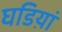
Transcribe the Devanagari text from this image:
घडिय़ां